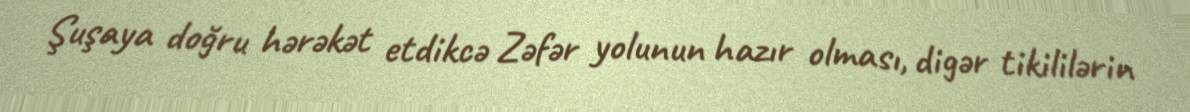
Şuşaya doğru hərəkət etdikcə Zəfər yolunun hazır olması, digər tikililərin